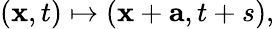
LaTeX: (\mathbf{x},t)\mapsto(\mathbf{x}+\mathbf{a},t+s),